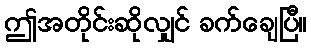
ဤအတိုင်းဆိုလျှင် ခက်ချေပြီ။